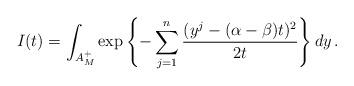
LaTeX: \begin{align*}I(t)= \int_{A_M^+}\exp\left\{-\sum_{j=1}^n\frac{(y^j-(\alpha- \beta)t)^2}{2t}\right\}dy\,.\end{align*}